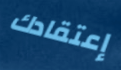
إعتقادك